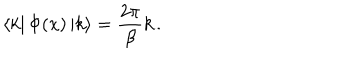
\left\langle k \right| \Phi ( x ) \left| k \right\rangle = \frac { 2 \pi } { \beta } k \, .